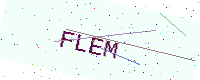
Text: FLEM